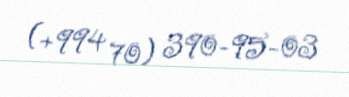
(+994 70) 390-95-03